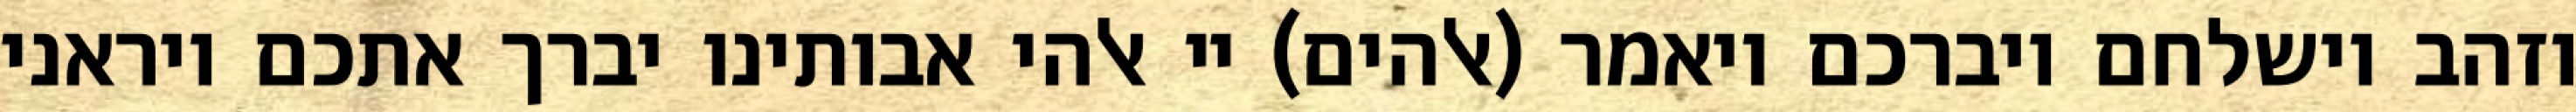
וזהב וישלחם ויברכם ויאמר (אלהים) יי אלהי אבותינו יברך אתכם ויראני